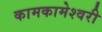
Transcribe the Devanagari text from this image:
कामकामेश्वरी